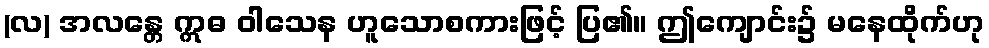
(လ) အလန္တေ ဣဓ ဝါသေန ဟူသောစကားဖြင့် ပြ၏။ ဤကျောင်း၌ မနေထိုက်ဟု